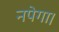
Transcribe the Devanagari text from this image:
नपेगा।